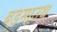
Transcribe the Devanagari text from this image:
बडमाउथ